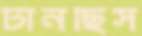
টানছিস